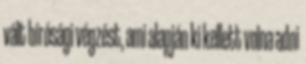
vált bírósági végzést, ami alapján ki kellett volna adni